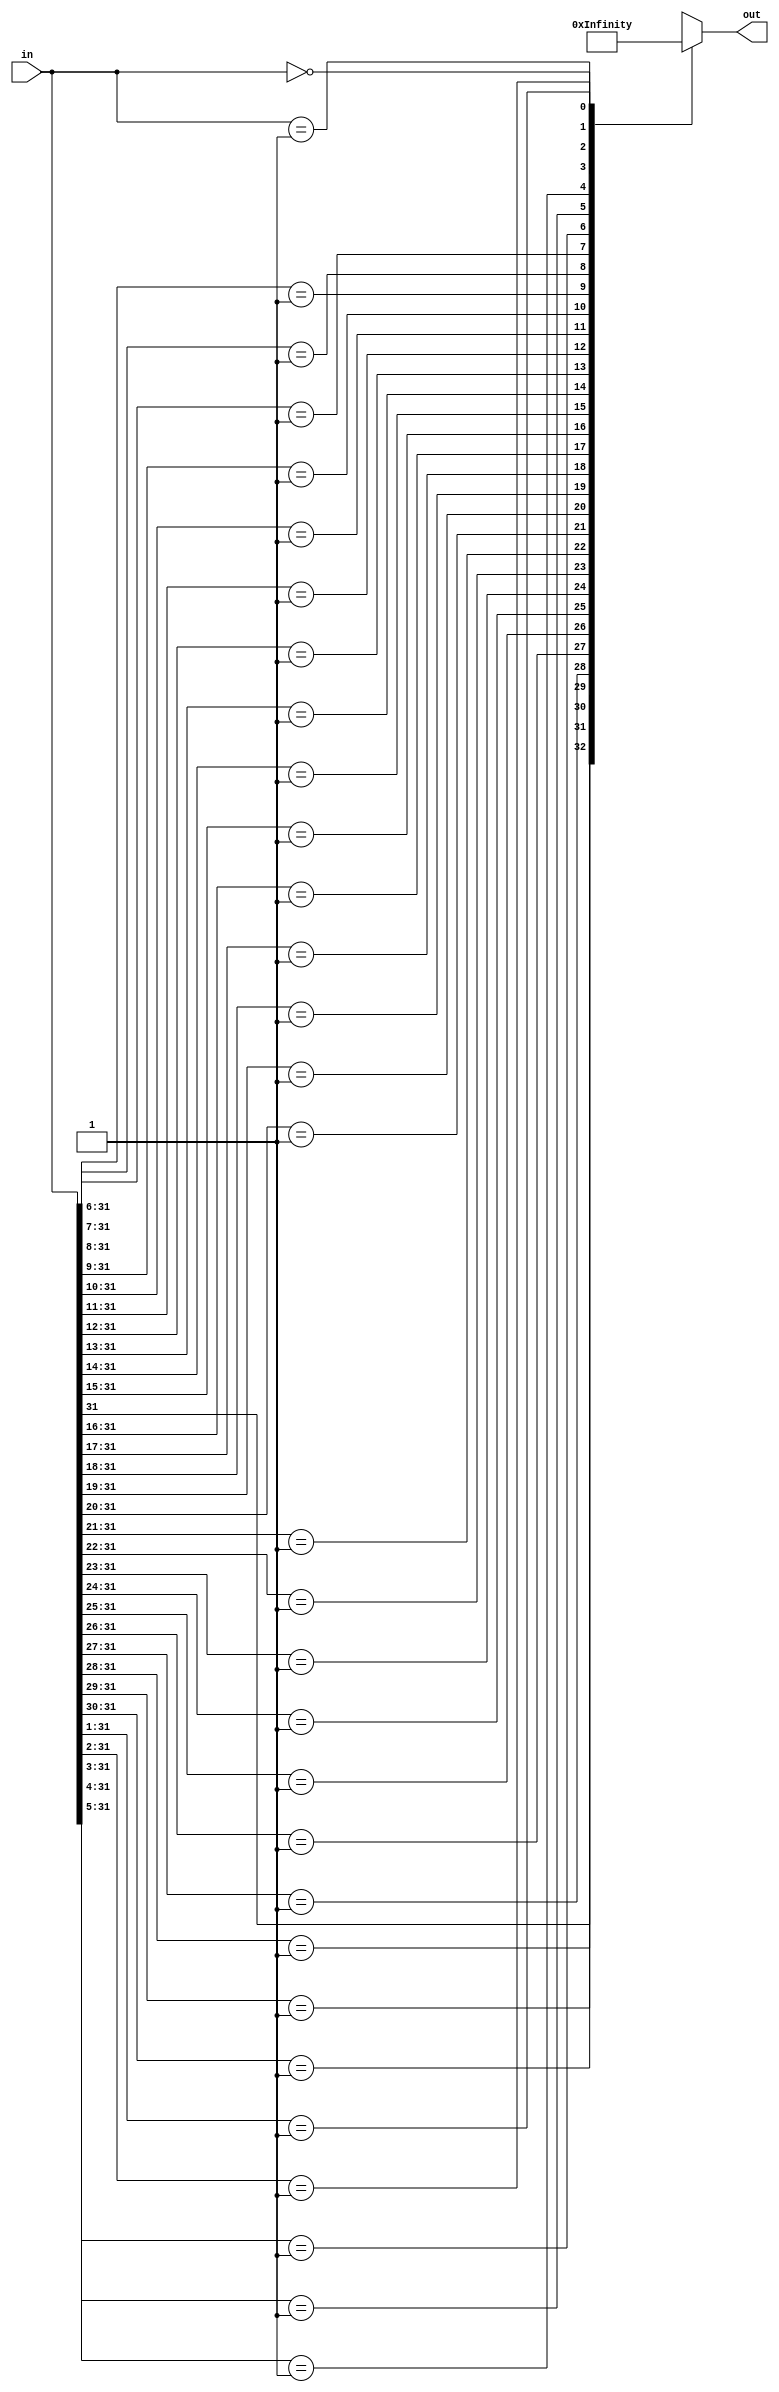
//
// Copyright 2011 Ettus Research LLC
//
// This program is free software: you can redistribute it and/or modify
// it under the terms of the GNU General Public License as published by
// the Free Software Foundation, either version 3 of the License, or
// (at your option) any later version.
//
// This program is distributed in the hope that it will be useful,
// but WITHOUT ANY WARRANTY; without even the implied warranty of
// MERCHANTABILITY or FITNESS FOR A PARTICULAR PURPOSE.  See the
// GNU General Public License for more details.
//
// You should have received a copy of the GNU General Public License
// along with this program.  If not, see <http://www.gnu.org/licenses/>.
//


module priority_enc
  (input [31:0] in,
   output reg [31:0] out);

   always @*
     casex(in)
       32'b1xxx_xxxx_xxxx_xxxx_xxxx_xxxx_xxxx_xxxx : out <= 31;
       32'b01xx_xxxx_xxxx_xxxx_xxxx_xxxx_xxxx_xxxx : out <= 30;
       32'b001x_xxxx_xxxx_xxxx_xxxx_xxxx_xxxx_xxxx : out <= 29;
       32'b0001_xxxx_xxxx_xxxx_xxxx_xxxx_xxxx_xxxx : out <= 28;
       32'b0000_1xxx_xxxx_xxxx_xxxx_xxxx_xxxx_xxxx : out <= 27;
       32'b0000_01xx_xxxx_xxxx_xxxx_xxxx_xxxx_xxxx : out <= 26;
       32'b0000_001x_xxxx_xxxx_xxxx_xxxx_xxxx_xxxx : out <= 25;
       32'b0000_0001_xxxx_xxxx_xxxx_xxxx_xxxx_xxxx : out <= 24;
       32'b0000_0000_1xxx_xxxx_xxxx_xxxx_xxxx_xxxx : out <= 23;
       32'b0000_0000_01xx_xxxx_xxxx_xxxx_xxxx_xxxx : out <= 22;
       32'b0000_0000_001x_xxxx_xxxx_xxxx_xxxx_xxxx : out <= 21;
       32'b0000_0000_0001_xxxx_xxxx_xxxx_xxxx_xxxx : out <= 20;
       32'b0000_0000_0000_1xxx_xxxx_xxxx_xxxx_xxxx : out <= 19;
       32'b0000_0000_0000_01xx_xxxx_xxxx_xxxx_xxxx : out <= 18;
       32'b0000_0000_0000_001x_xxxx_xxxx_xxxx_xxxx : out <= 17;
       32'b0000_0000_0000_0001_xxxx_xxxx_xxxx_xxxx : out <= 16;
       32'b0000_0000_0000_0000_1xxx_xxxx_xxxx_xxxx : out <= 15;
       32'b0000_0000_0000_0000_01xx_xxxx_xxxx_xxxx : out <= 14;
       32'b0000_0000_0000_0000_001x_xxxx_xxxx_xxxx : out <= 13;
       32'b0000_0000_0000_0000_0001_xxxx_xxxx_xxxx : out <= 12;
       32'b0000_0000_0000_0000_0000_1xxx_xxxx_xxxx : out <= 11;
       32'b0000_0000_0000_0000_0000_01xx_xxxx_xxxx : out <= 10;
       32'b0000_0000_0000_0000_0000_001x_xxxx_xxxx : out <=  9;
       32'b0000_0000_0000_0000_0000_0001_xxxx_xxxx : out <=  8;
       32'b0000_0000_0000_0000_0000_0000_1xxx_xxxx : out <=  7;
       32'b0000_0000_0000_0000_0000_0000_01xx_xxxx : out <=  6;
       32'b0000_0000_0000_0000_0000_0000_001x_xxxx : out <=  5;
       32'b0000_0000_0000_0000_0000_0000_0001_xxxx : out <=  4;
       32'b0000_0000_0000_0000_0000_0000_0000_1xxx : out <=  3;
       32'b0000_0000_0000_0000_0000_0000_0000_01xx : out <=  2;
       32'b0000_0000_0000_0000_0000_0000_0000_001x : out <=  1;
       32'b0000_0000_0000_0000_0000_0000_0000_0001 : out <=  0;
       32'b0000_0000_0000_0000_0000_0000_0000_0000 : out <= 32'hFFFF_FFFF;
       default : out <= 32'hFFFF_FFFF;
     endcase // casex (in)
   
endmodule // priority_enc